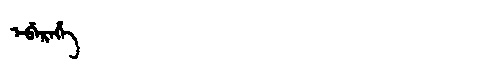
Manchu: ᡝᠪᡝᡵᡝᡥᡝ
Romanization: EBEREHE